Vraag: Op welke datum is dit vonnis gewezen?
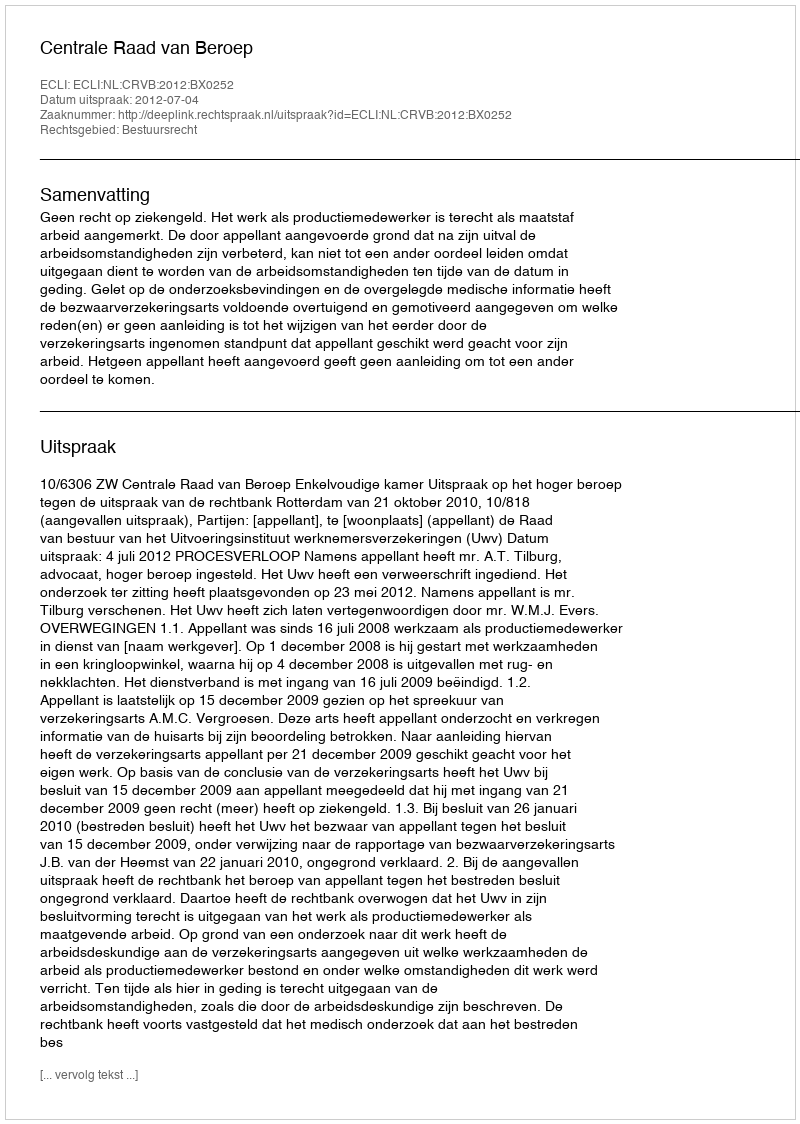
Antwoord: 2012-07-04